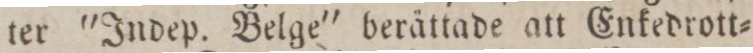
ter ”Indep. Belge” berättade att Enkedrott=